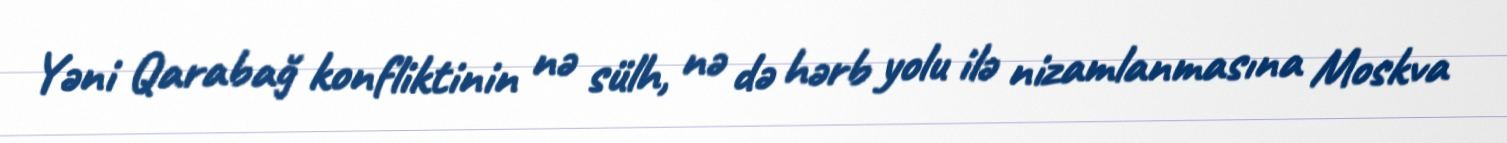
Yəni Qarabağ konfliktinin nə sülh, nə də hərb yolu ilə nizamlanmasına Moskva